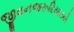
જીવનજરૂરિયાતની